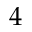
4